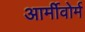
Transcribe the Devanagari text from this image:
आर्मीवोर्म